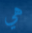
هي